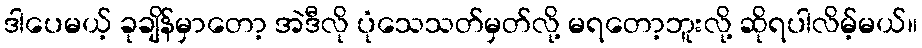
ဒါပေမယ့် ခုချိန်မှာတော့ အဲဒီလို ပုံသေသတ်မှတ်လို့ မရတော့ဘူးလို့ ဆိုရပါလိမ့်မယ်။